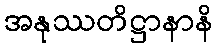
အနုဿတိဋ္ဌာနာနိ